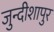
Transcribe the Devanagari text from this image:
जुन्दीशापुर